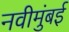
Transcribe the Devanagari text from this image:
नवीमुंबई